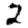
Digit: 2